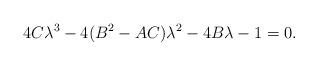
LaTeX: \begin{align*}4C\lambda^3 - 4(B^2 - AC)\lambda^2 - 4B\lambda - 1 = 0.\end{align*}